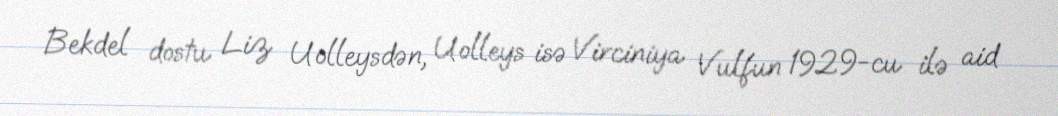
Bekdel dostu Liz Uolleysdən, Uolleys isə Virciniya Vulfun 1929-cu ilə aid